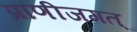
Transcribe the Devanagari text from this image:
प्राणीजगत्